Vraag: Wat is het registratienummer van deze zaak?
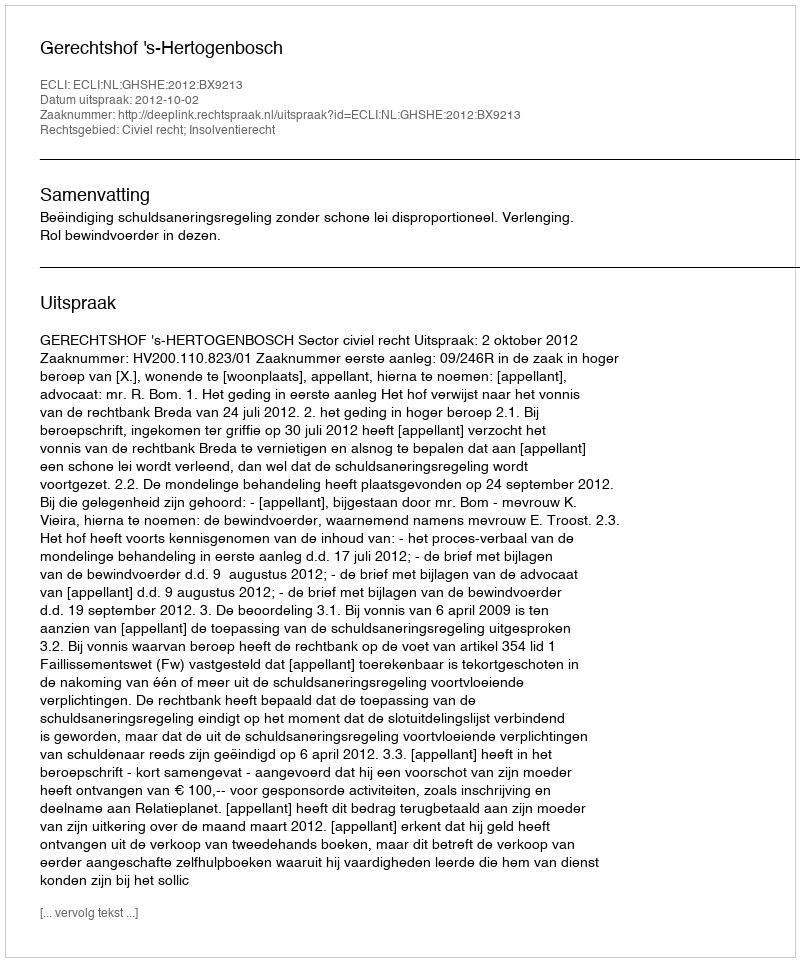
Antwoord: http://deeplink.rechtspraak.nl/uitspraak?id=ECLI:NL:GHSHE:2012:BX9213